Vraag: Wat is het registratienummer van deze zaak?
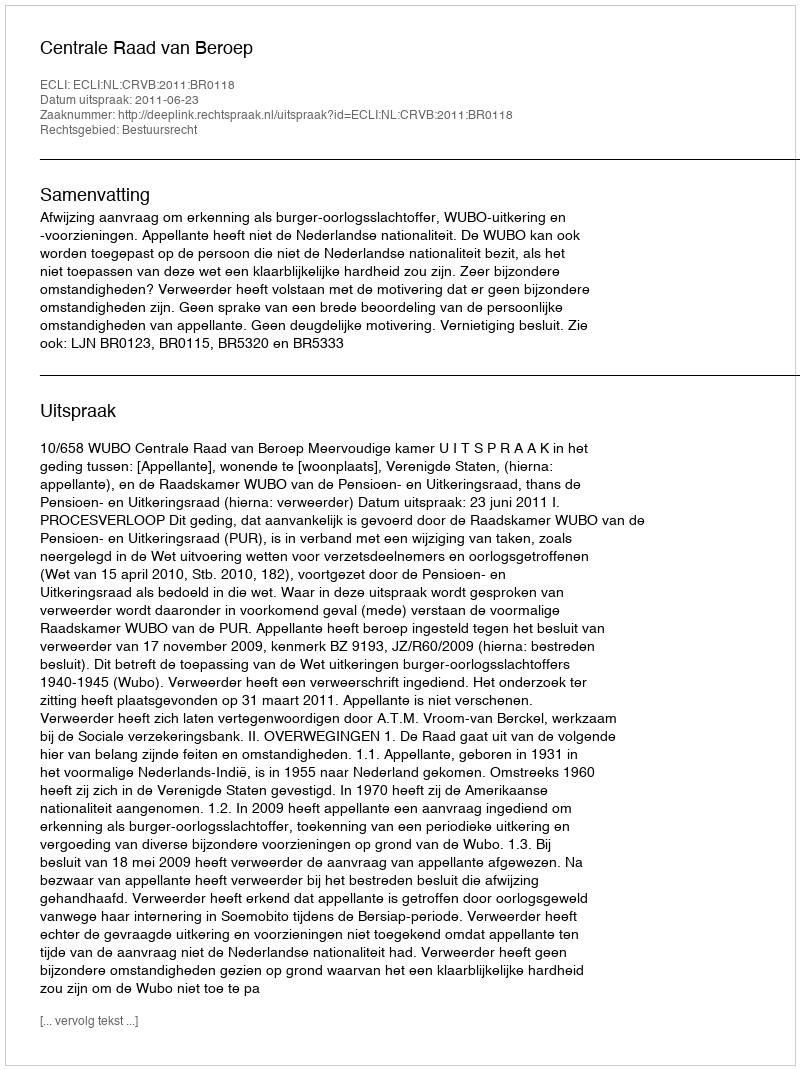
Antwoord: http://deeplink.rechtspraak.nl/uitspraak?id=ECLI:NL:CRVB:2011:BR0118